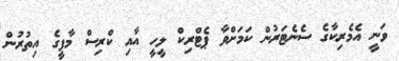
ވަނީ އެމެރިކާގެ ސެނެޓަރުން ކަމަށްވާ ޕެޓްރިކް ލީހީ އާއި ކްރިސް މާފީގެ އިތުރުން